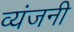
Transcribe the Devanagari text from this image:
व्यंजनी